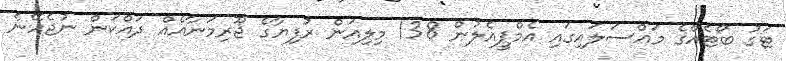
ޓަގު ބޯޓެއްގެ މައްސަލައިގައި އެމްޕީއެލުން 138 މިލިއަން ރުފިޔާގެ ޖޫރިމަނާއެއް ދައްކަން ނުޖެހޭނެ